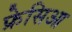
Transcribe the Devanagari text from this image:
फ्रेसिआ